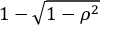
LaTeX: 1 - { \sqrt { 1 - \rho ^ { 2 } } }